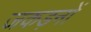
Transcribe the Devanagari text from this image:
जकड़नों